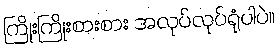
ကြိုးကြိုးစားစား အလုပ်လုပ်ရုံပါပဲ။